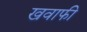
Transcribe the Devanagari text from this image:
खवाफी